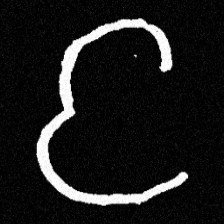
Pyu character \u2014 Myanmar letter: င (romanized: nga)